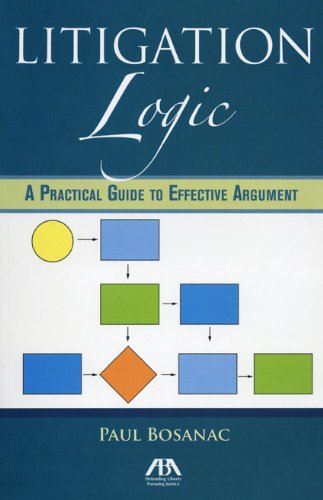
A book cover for Litigation Logic: A Practical Guide to Effective Argument; Paul Bosanac; Law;